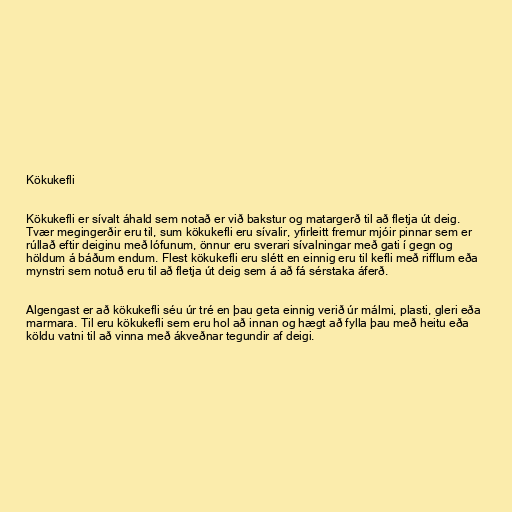
Kökukefli

Kökukefli er sívalt áhald sem notað er við bakstur og matargerð til að fletja út deig.
Tvær megingerðir eru til, sum kökukefli eru sívalir, yfirleitt fremur mjóir pinnar sem er
rúllað eftir deiginu með lófunum, önnur eru sverari sívalningar með gati í gegn og
höldum á báðum endum. Flest kökukefli eru slétt en einnig eru til kefli með rifflum eða
mynstri sem notuð eru til að fletja út deig sem á að fá sérstaka áferð.

Algengast er að kökukefli séu úr tré en þau geta einnig verið úr málmi, plasti, gleri eða
marmara. Til eru kökukefli sem eru hol að innan og hægt að fylla þau með heitu eða
köldu vatni til að vinna með ákveðnar tegundir af deigi.